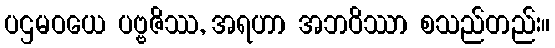
ပဌမဝယေ ပဗ္ဗဇိဿ, အရဟာ အဘဝိဿာ စသည်တည်း။